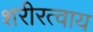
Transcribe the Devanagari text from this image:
शरीरत्वाय